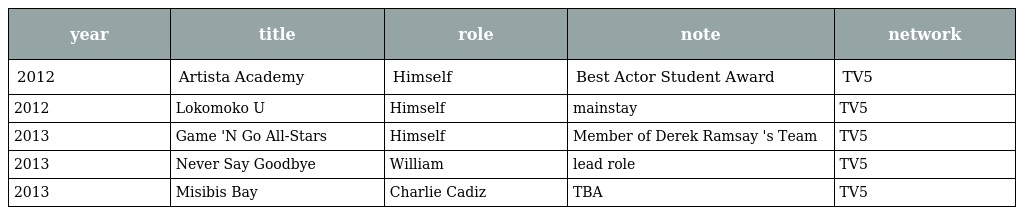
| year | title | role | note | network |
 | --- | --- | --- | --- | --- |
 | 2012 | Artista Academy | Himself | Best Actor Student Award | TV5 |
 | 2012 | Lokomoko U | Himself | mainstay | TV5 |
 | 2013 | Game 'N Go All-Stars | Himself | Member of Derek Ramsay 's Team | TV5 |
 | 2013 | Never Say Goodbye | William | lead role | TV5 |
 | 2013 | Misibis Bay | Charlie Cadiz | TBA | TV5 |